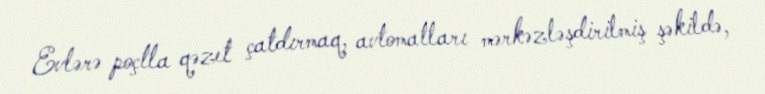
Evlərə poçtla qəzet çatdırmaq, avtomatları mərkəzləşdirilmiş şəkildə,